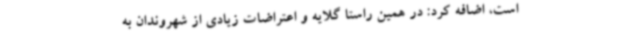
است، اضافه کرد: در همین راستا گلایه و اعتراضات زیادی از شهروندان به